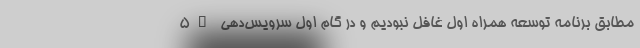
5G مطابق برنامه توسعه همراه اول غافل نبودیم و در گام اول سرویس‌دهی